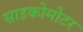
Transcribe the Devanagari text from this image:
साइकोमोटर